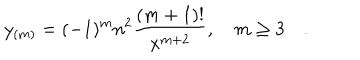
LaTeX: y _ { ( m ) } = ( - 1 ) ^ { m } n ^ { 2 } { \frac { ( m + 1 ) ! } { x ^ { m + 2 } } } , \quad m \ge 3 \quad .